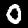
Label: 0